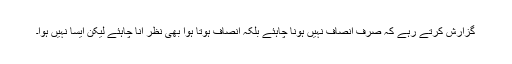
گزارش کرتے رہے کہ صرف انصاف نہیں ہونا چاہئے بلکہ انصاف ہوتا ہوا بھی نظر آنا چاہئے لیکن ایسا نہیں ہوا۔